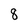
Character: 8